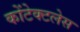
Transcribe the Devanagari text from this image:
कोंटेक्टलेस